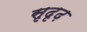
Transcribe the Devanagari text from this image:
सृदृढ़